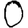
Digit: 0